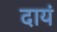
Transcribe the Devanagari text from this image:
दायं